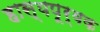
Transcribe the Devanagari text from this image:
हास्यपूर्वक